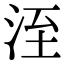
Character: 洷